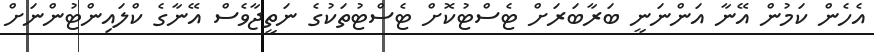
އެހެން ކަމުން އޭނާ އަންނަނީ ބަރާބަރަށް ޓެސްޓުކޮށް ޓެސްޓުތަކުގެ ނަތީޖާވެސް އޭނާގެ ކްލައިންޓުންނަށް